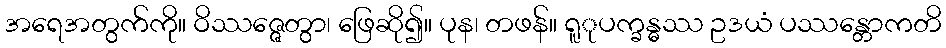
အရေအတွက်ကို။ ဝိဿဇ္ဇေတွာ၊ ဖြေဆို၍။ ပုန၊ တဖန်။ ရူုပက္ခန္ဓဿ ဥဒယံ ပဿန္တောကတိ